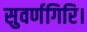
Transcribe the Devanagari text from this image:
सुवर्णगिरि।